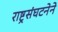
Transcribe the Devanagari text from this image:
राष्ट्रसंघटनेने